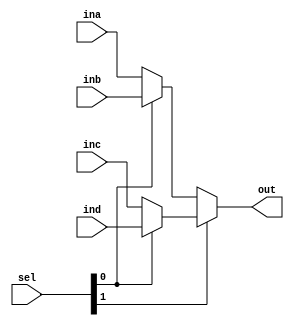
`timescale 1ns / 1ps
//////////////////////////////////////////////////////////////////////////////////
// Company: 
// Engineer: 
// 
// Design Name: 
// Module Name: mux4_1
// Project Name: 
// Target Devices: 
// Tool Versions: 
// Description: 
// 
// Dependencies: 
// 
// Revision:
// Revision 0.01 - File Created
// Additional Comments:
// 
//////////////////////////////////////////////////////////////////////////////////


module mux4_1(input [31:0] ina, inb, inc, ind,
              input [1:0] sel,
              output [31:0] out);
    
    assign out = sel[1] ? (sel[0] ? ind : inc) : (sel[0] ? inb : ina);
      
endmodule